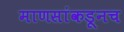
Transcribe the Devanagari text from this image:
माणसांकडूनच